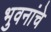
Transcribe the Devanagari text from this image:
भुवनांचे